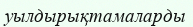
уылдырықтамаларды